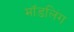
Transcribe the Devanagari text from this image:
मॉडलिंग